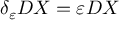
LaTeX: \delta _ { \varepsilon } D X = \varepsilon D X